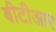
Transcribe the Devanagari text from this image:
बीटीआर